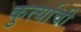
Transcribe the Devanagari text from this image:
कुर्त्याची